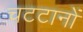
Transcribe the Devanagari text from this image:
चटटानों